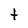
Character: t